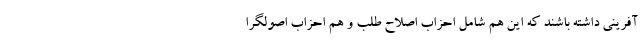
آفرینی داشته باشند که این هم شامل احزاب اصلاح طلب و هم احزاب اصولگرا